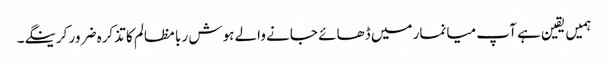
ہمیں یقین ہے آپ میانمار میں ڈھائے جانے والے ہوش ربا مظالم کا تذکرہ ضرور کرینگے۔